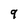
Character: 9